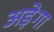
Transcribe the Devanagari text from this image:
अड़ेगा